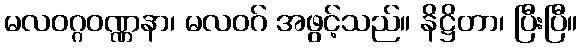
မလဝဂ္ဂဝဏ္ဏနာ၊ မလဝဂ် အဖွင့်သည်။ နိဋ္ဌိတာ၊ ပြီးပြီ။